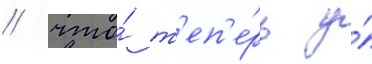
/ что́ т'еп'е́рь у́